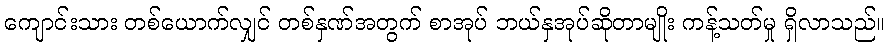
ကျောင်းသား တစ်ယောက်လျှင် တစ်နှဏ်အတွက် စာအုပ် ဘယ်နှအုပ်ဆိုတာမျိုး ကန့်သတ်မှု ရှိလာသည်။